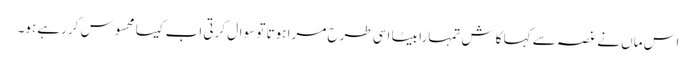
اس ماں نے غصہ سے کہا کاش تمہارا بیٹا اسی طرح مرا ہوتا تو سوال کرتی اب کیسا محسوس کررہے ہو۔